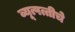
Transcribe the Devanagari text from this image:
व्यूत्पत्तीचे